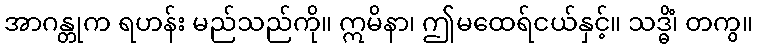
အာဂန္တုက ရဟန်း မည်သည်ကို။ ဣမိနာ၊ ဤမထေရ်ငယ်နှင့်။ သဒ္ဓိံ၊ တကွ။